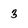
Character: 3